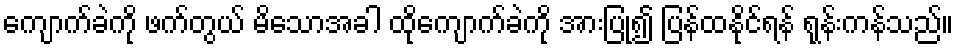
ကျောက်ခဲကို ဖက်တွယ် မိသောအခါ ထိုကျောက်ခဲကို အားပြု၍ ပြန်ထနိုင်ရန် ရုန်းကန်သည်။